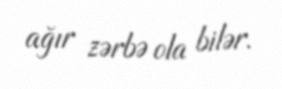
ağır zərbə ola bilər.